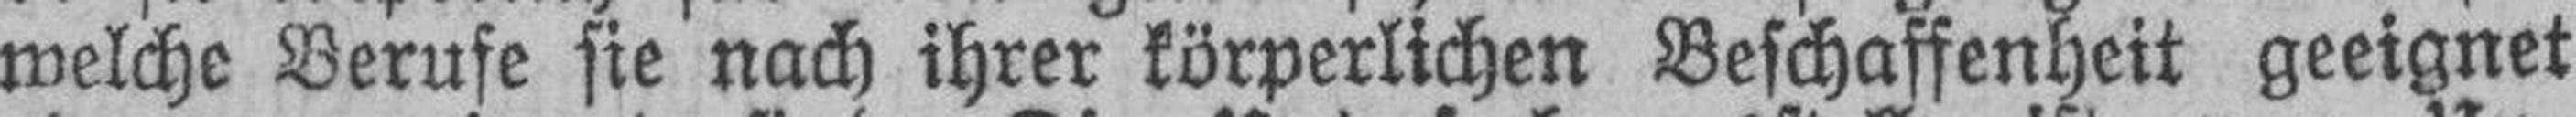
welche Berufe sie nach ihrer körperlichen Beschaffenheit geeignet